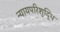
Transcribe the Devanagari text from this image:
न्यायपरिशुद्धि